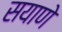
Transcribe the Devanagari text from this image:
सयाणे